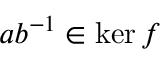
a b ^ { - 1 } \in \ker f